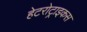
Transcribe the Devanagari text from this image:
हेटरोट्राइकस